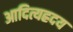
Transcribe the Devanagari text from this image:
आदित्यह्रदय